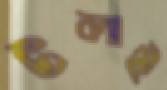
টলাই